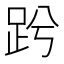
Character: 𧿝